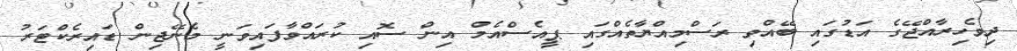
ދިވެހިރާއްޖޭގެ އަޑުގައި ބޭއްވި ރަސްމިއްޔާތެއްގައި ޕީއެސްއެމް އިން ސޮއި ކުރައްވާފައިވަނީ މެނޭޖިން ޑައިރެކްޓަރު